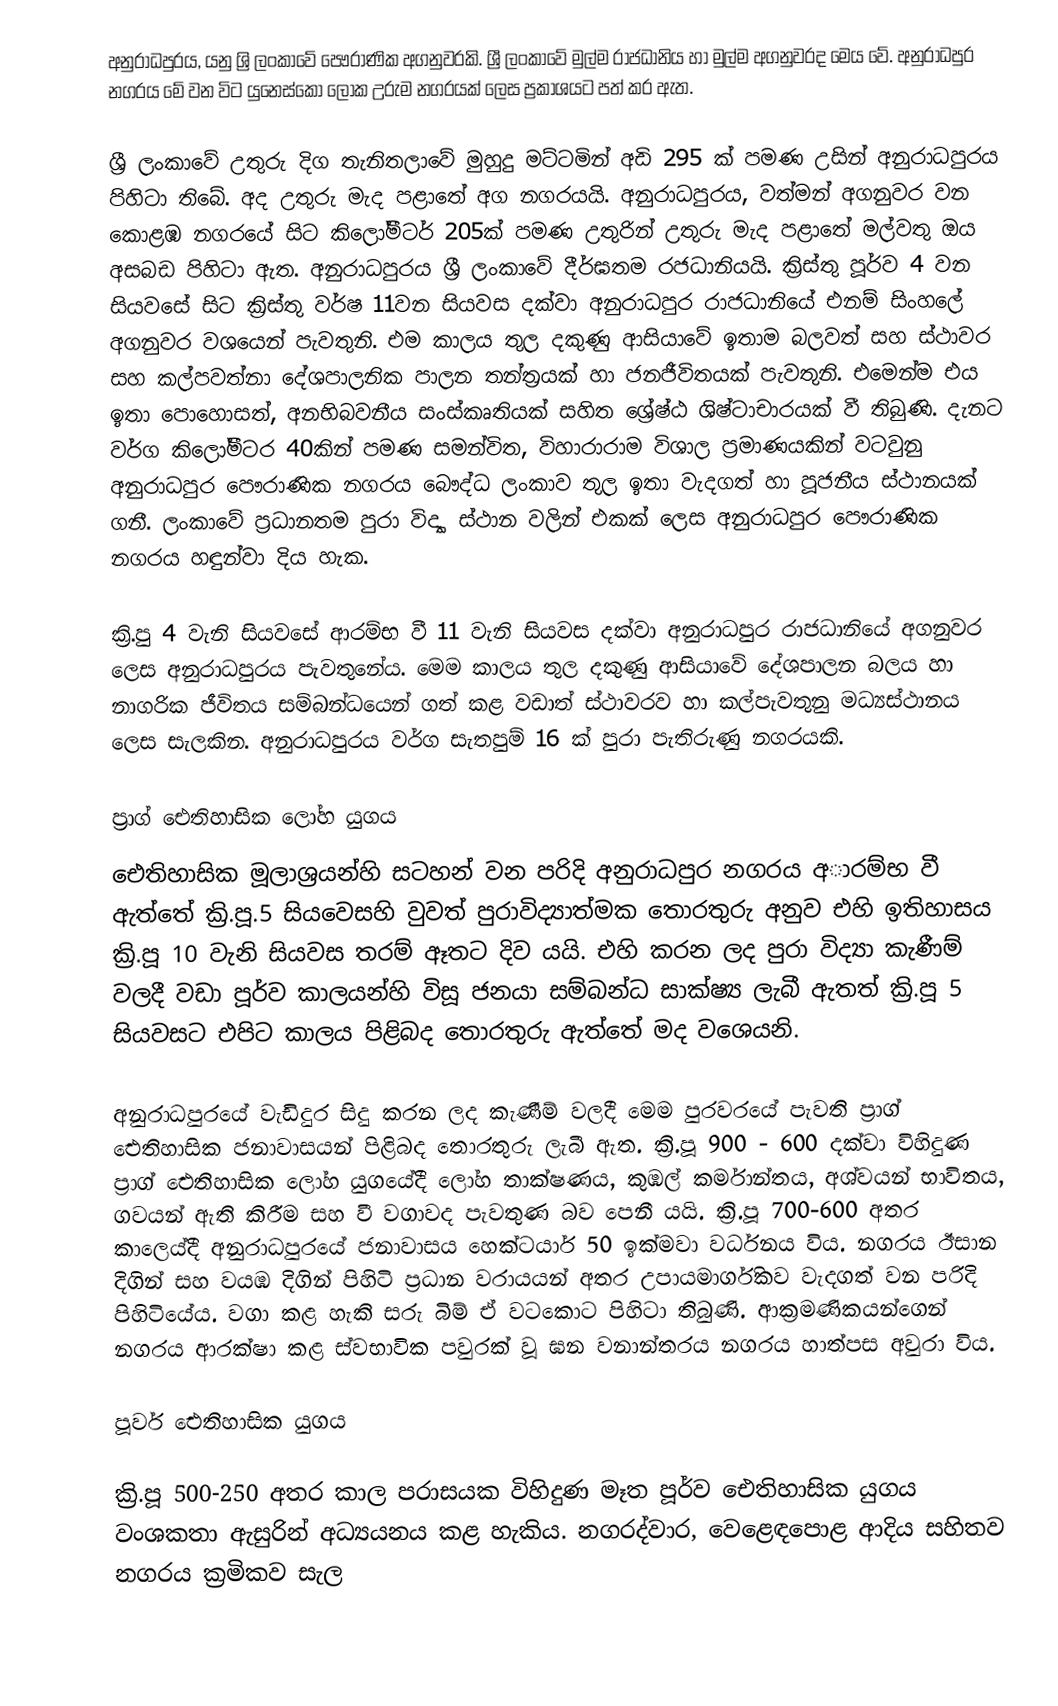
අනුරාධපුරය, යනු ශ්‍රි ලංකාවේ පෞරාණික අගනුවරකි. ශ්‍රී ලංකාවේ මුල්ම රාජධානිය හා මුල්ම අගනුවරද මෙය වේ. අනුරාධපුර නගරය මේ වන විට යුනෙස්කෝ ලෝක උරුම නගරයක් ලෙස ප්‍රකාශයට පත් කර ඇත.

ශ්‍රී ලංකාවේ උතුරු දිග තැනිතලාවේ මුහුදු මට්ටමින් අඩි 295 ක් පමණ උසින් අනුරාධපුරය පිහිටා තිබේ. අද උතුරු මැද පළාතේ අග නගරයයි. අනුරාධපුරය, වත්මන් අගනුවර වන ‍කොළඹ නගරයේ සිට කිලෝමීටර් 205ක් පමණ උතුරින් උතුරු මැද පළාතේ මල්වතු ඔය අසබඩ පිහිටා ඇත. අනුරාධපුරය ශ්‍රී ලංකාවේ දීර්ඝතම රජධානියයි. ක්‍රිස්තු පූර්ව 4 වන සියවසේ සිට ක්‍රිස්තු වර්ෂ 11වන සියවස දක්වා අනුරාධපුර රාජධානියේ එනම් සිංහලේ අගනුවර වශයෙන් පැවතුනි. එම කාලය තුල දකුණු ආසියාවේ ඉතාම බලවත් සහ ස්ථාවර සහ කල්පවත්නා දේශපාලනික පාලන තන්ත්‍රයක් හා ජනජීවිතයක් පැවතුනි. එමෙන්ම එය ඉතා පොහොසත්, අනභිබවනීය සංස්කෘතියක් සහිත ශ්‍රේෂ්ඨ ශිෂ්ටාචාරයක් වී තිබුණි. දැනට වර්ග කිලෝමීටර 40කින් පමණ සමන්විත, විහාරාරාම විශාල ප්‍රමාණයකින් වටවුනු  අනුරාධපුර ‍පෞරාණික නගරය බෞද්ධ ලංකාව තුල ඉතා වැදගත් හා පූජනීය ස්ථානයක් ගනී. ලංකාවේ ප්‍රධානතම පුරා විද්‍යා ස්ථාන වලින් එකක් ලෙස අනුරාධපුර පෞරාණික නගරය හඳුන්වා දිය හැක.

ක්‍රි.පු 4 වැනි සියවසේ ආරම්භ වී 11 වැනි සියවස දක්වා අනුරාධපුර රාජධානියේ අගනුවර ලෙස අනුරාධපුරය පැවතුනේය. මෙම කාලය තුල දකුණු ආසියාවේ දේශපාලන බලය හා නාගරික ජීවිතය සම්බන්ධයෙන් ගත් කළ වඩාත් ස්ථාවරව හා කල්පැවතුනු මධ්‍යස්ථානය ලෙස සැලකින. අනුරාධපුරය වර්ග සැතපුම් 16 ක් පුරා පැතිරුණු නගරයකි.

ප්‍රාග් ඓතිහාසික ලෝහ යුගය
ඓතිහාසික මූලාශ්‍රයන්හි සටහන් වන පරිදි අනුරාධපුර නගරය අාරම්භ වී ඇත්තේ ක්‍රි.පූ.5 සියවෙසහි වුවත් පුරාවිද්‍යාත්මක තොරතුරු අනුව එහි ඉතිහාසය ක්‍රි.පූ 10 වැනි සියවස තරම් ඈතට දිව යයි. එහි කරන ලද පුරා විද්‍යා කැණීම් වලදී වඩා පූර්ව කාලයන්හි විසූ ජනයා සම්බන්ධ සාක්ෂ්‍ය ලැබී ඇතත් ක්‍රි.පූ 5 සියවසට එපිට කාලය පිළිබද තොරතුරු ඇත්තේ මද වශෙයනි.

අනුරාධපුරයේ වැඩිදුර සිදු කරන ලද කැණීම් වලදී ‍මෙම පුරවරයේ පැවති ප්‍රාග් ඓතිහාසික ජනාවාසයන් පිළිබද තොරතුරු ලැබී ඇත. ක්‍රි.පූ 900 - 600 දක්වා විහිදුණ ප්‍රාග් ඓතිහාසික ලෝහ යුගයේදී ලෝහ තාක්ෂණය, කුඹල් කර්මාන්තය, අශ්වයන් භාවිතය, ගවයන් ඇති කිරීම සහ වී වගාවද පැවතුණ බව පෙනී යයි. ක්‍රි.පූ 700-600 අතර කාලෙය්දී අනුරාධපුරයේ ජනාවාසය හෙක්ටයාර් 50 ඉක්මවා වර්ධනය විය. නගරය ඊසාන දිගින් සහ වයඹ දිගින් පිහිටි ප්‍රධාන වරායයන් අතර උපායමාර්ගිකව වැදගත් වන පරිදි පිහිටියේය. වගා කළ හැකි සරු බිම් ඒ වටකොට පිහිටා තිබුණි. ආක්‍රමණිකයන්ගෙන් නගරය ආරක්ෂා කළ ස්වභාවික පවුරක් වූ ඝන වනාන්තරය නගරය හාත්පස අවුරා විය.

පූර්ව ඓතිහාසික යුගය

ක්‍රි.පූ 500-250 අතර කාල පරාසයක විහිදුණ මෑත පූර්ව ඓතිහාසික යුගය වංශකතා ඇසුරින් අධ්‍යයනය කළ හැකිය. නගරද්වාර, වෙළෙඳපොළ ආදිය සහිතව නගරය ක්‍රමිකව සැල